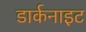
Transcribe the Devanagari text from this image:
डार्कनाइट